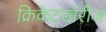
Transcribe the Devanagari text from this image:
क्रिकेटखेरीज